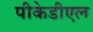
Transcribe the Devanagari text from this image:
पीकेडीएल